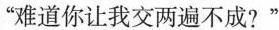
”难道你让我交两遍不成？”